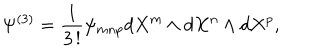
LaTeX: \Psi ^ { ( 3 ) } = \frac { 1 } { 3 \, ! } \psi _ { m n p } d X ^ { m } \wedge d X ^ { n } \wedge d X ^ { p } ,